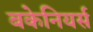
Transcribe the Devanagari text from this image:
बकेनियर्स